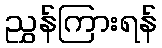
ညွှန်ကြားရန်